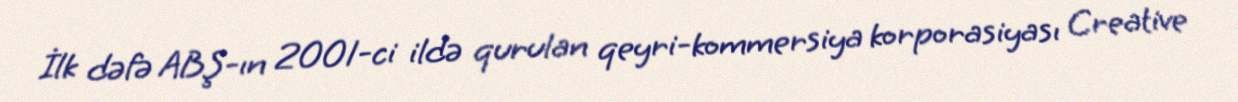
İlk dəfə ABŞ-ın 2001-ci ildə qurulan qeyri-kommersiya korporasiyası Creative